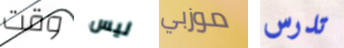
وقت ليس موزبي تدرس